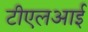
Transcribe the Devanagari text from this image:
टीएलआई